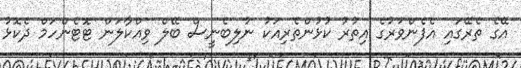
އޭގެ ތެރޭގައި އެފެންވަރުގެ އިތުރު ކުޅުންތެރިއަކު ނުލިބެނީސް ބޭލް ވިއްކާލަން ޓޮޓެންހަމް ދެކޮޅު